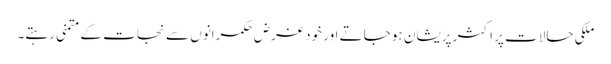
ملکی حالات پر اکثر پریشان ہو جاتے اور خود غرض حکمرانوں سے نجات کے متمنی رہتے۔